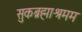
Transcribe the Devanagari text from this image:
सुकब्रह्माश्रमम